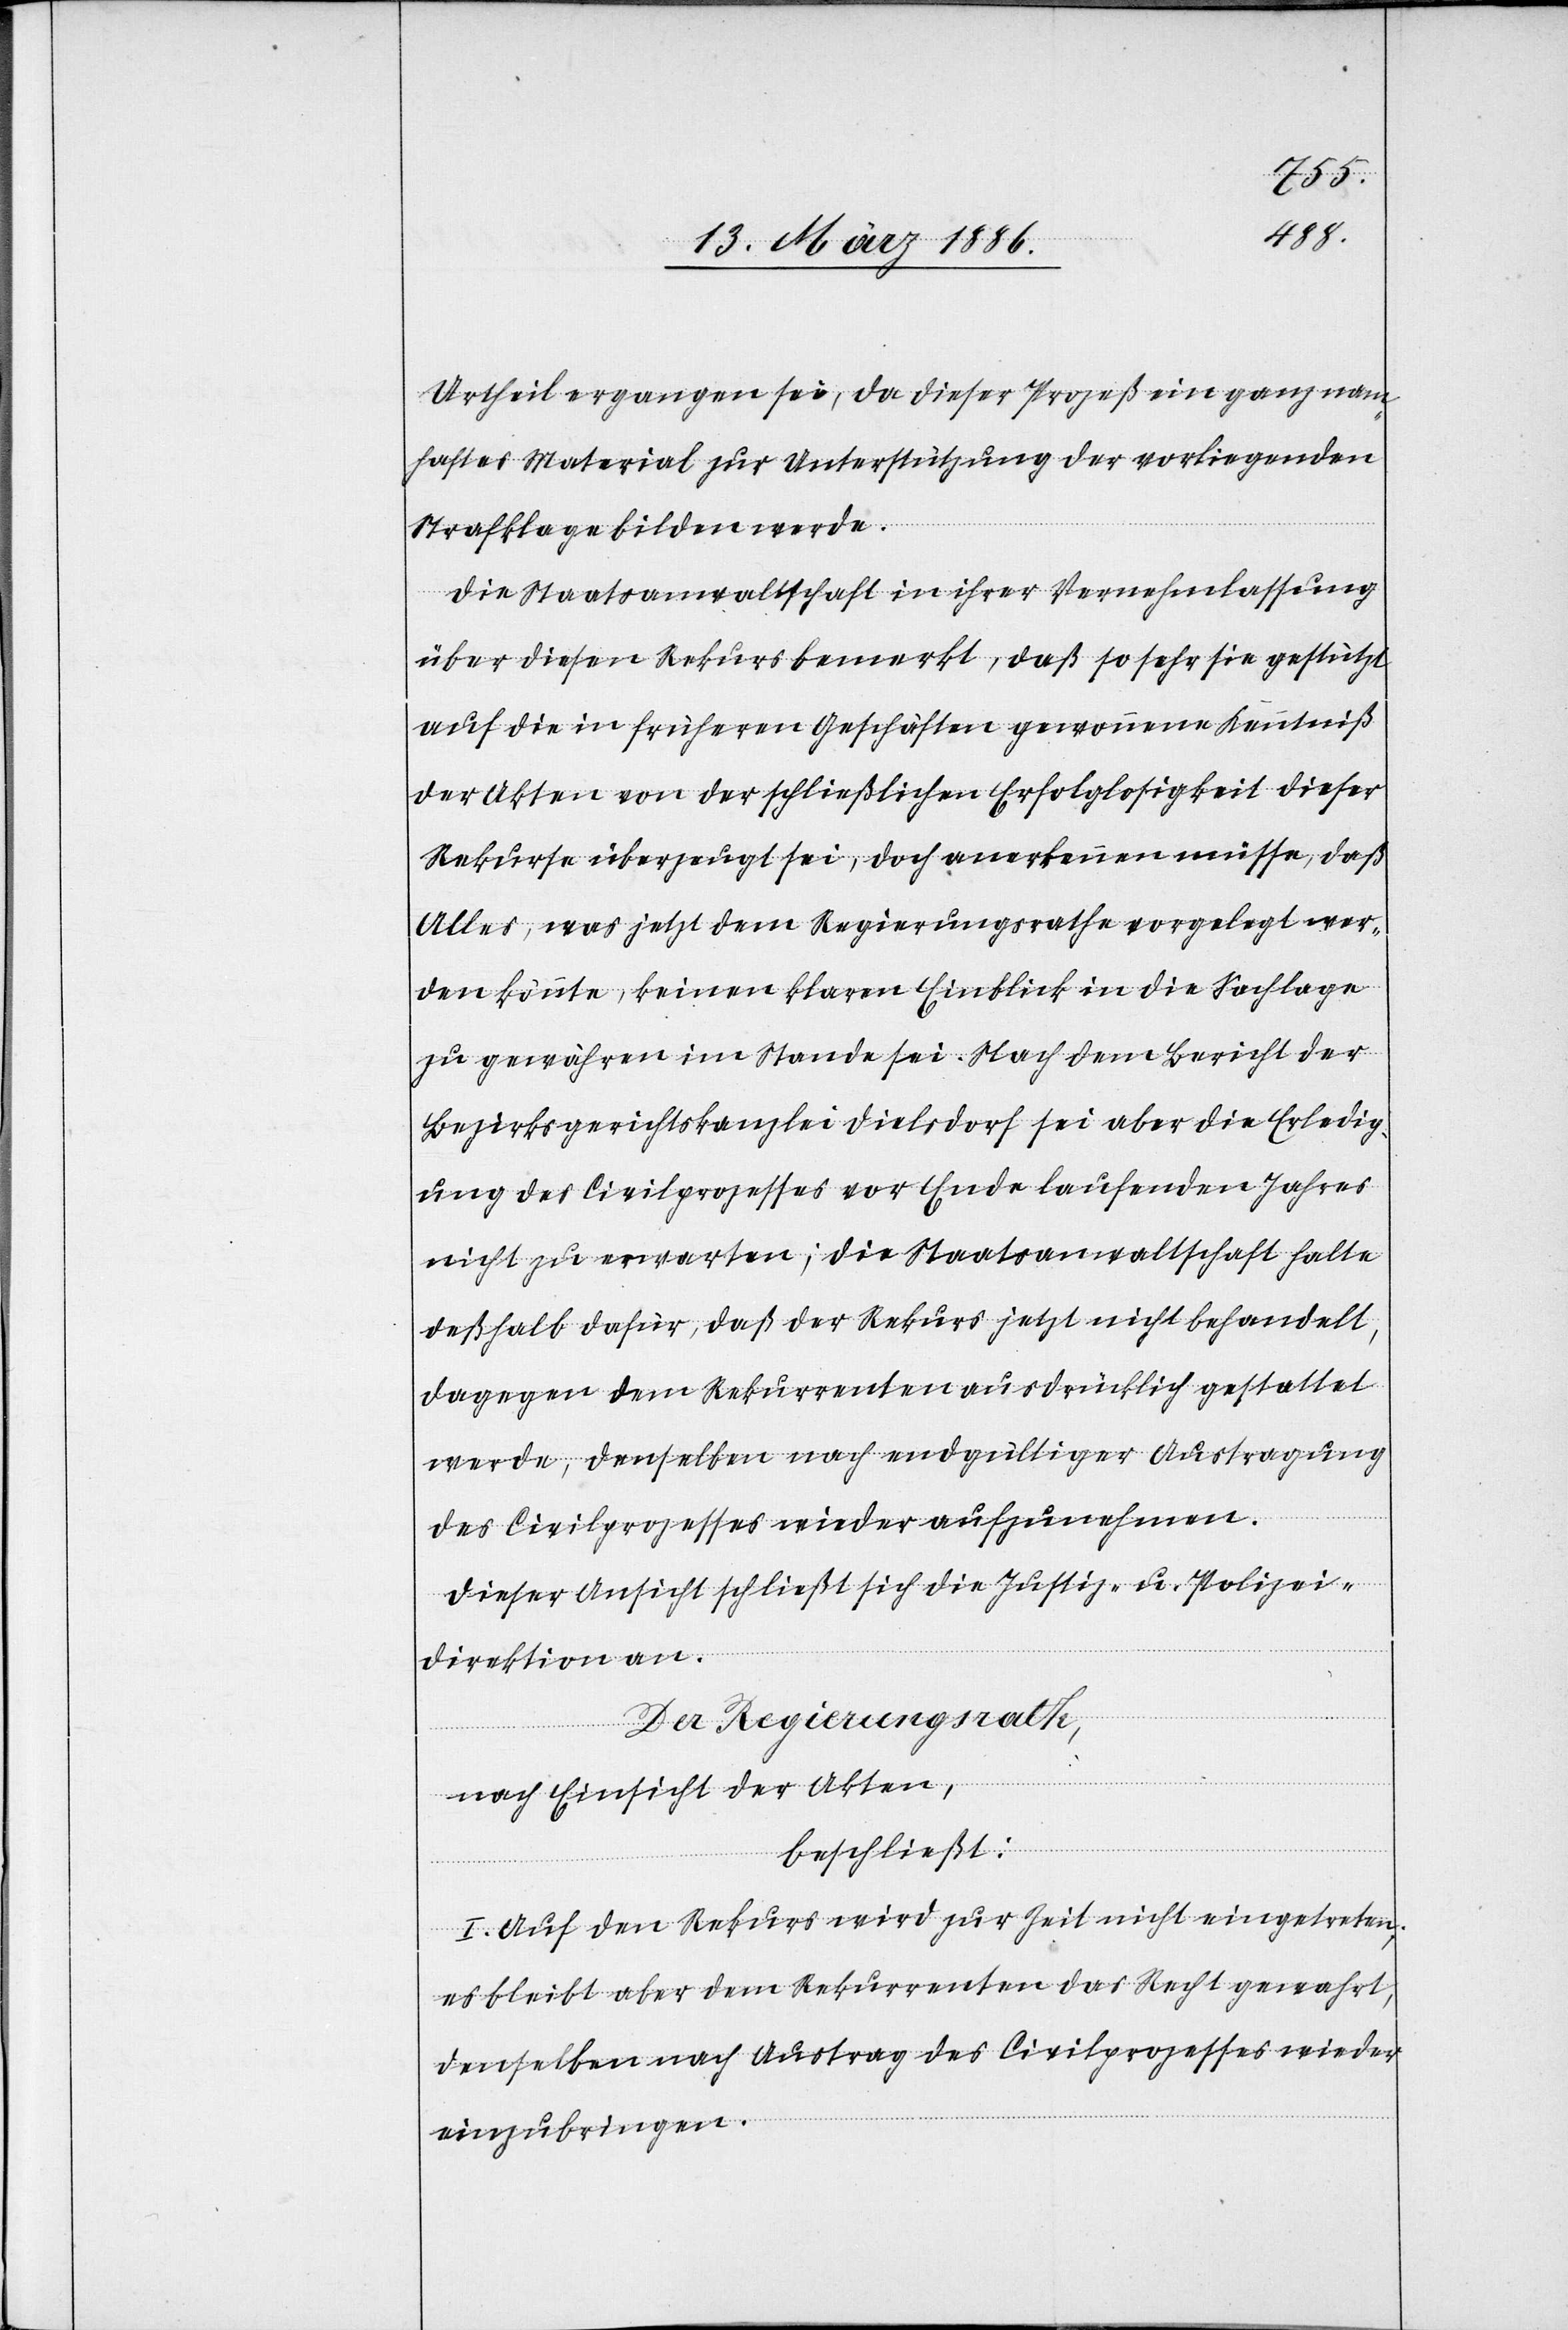
Urtheil ergangen sei, da dieser Prozeß ein ganz nam¬
haftes Material zur Unterstützung der vorliegenden
Strafklage bilden werde.
Die Staatsanwaltschaft in ihrer Vernehmlassung
über diesen Rekurs bemerkt, daß so sehr sie gestützt
auf die in früheren Geschäften gewonnene Kenntniß
der Akten von der schließlichen Erfolglosigkeit dieser
Rekurse überzeugt sei, doch anerkennen müsse, daß
Alles, was jetzt dem Regierungsrathe vorgelegt wer¬
den könnte, keinen klaren Einblick in die Sachlage
zu gewähren im Stande sei. Nach dem Berichte der
Bezirksgerichtskanzlei Dielsdorf sei aber die Erledig¬
ung des Civilprozesses vor Ende laufenden Jahres
nicht zu erwarten; die Staatsanwaltschaft halte
deßhalb dafür, daß der Rekurs jetzt nicht behandelt,
dagegen dem Rekurrenten ausdrücklich gestattet
werde, denselben nach endgültiger Austragung
des Civilprozesses wieder aufzunehmen.
Dieser Ansicht schließt sich die Justiz- u. Polizei¬
direktion an.
Der Regierungsrath,
nach Einsicht der Akten,
beschließt:
I. Auf den Rekurs wird zur Zeit nicht eingetreten;
es bleibt aber dem Rekurrenten das Recht gewahrt,
denselben nach Austrag des Civilprozesses wieder
einzubringen.